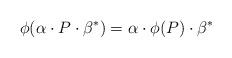
LaTeX: \begin{align*} \phi( \alpha \cdot P \cdot \beta^*) = \alpha \cdot \phi(P) \cdot \beta^*\end{align*}